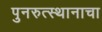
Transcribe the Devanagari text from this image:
पुनरुत्स्थानाचा